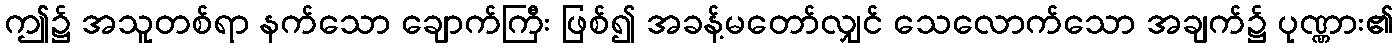
ဤ၌ အသူတစ်ရာ နက်သော ချောက်ကြီး ဖြစ်၍ အခန့်မတော်လျှင် သေလောက်သော အချက်၌ ပုဏ္ဏား၏